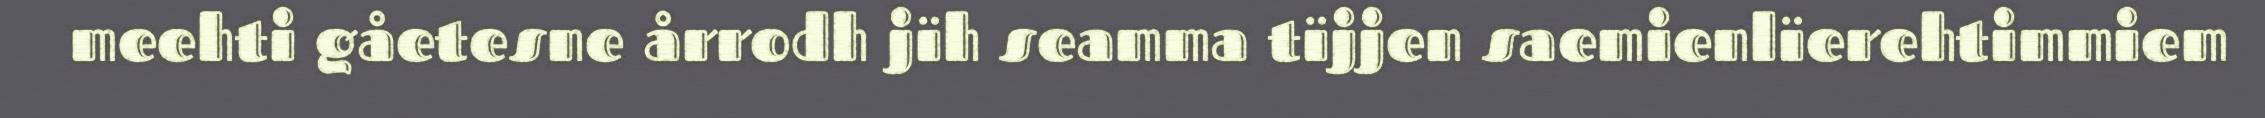
meehti gåetesne årrodh jïh seamma tïjjen saemienlïerehtimmiem